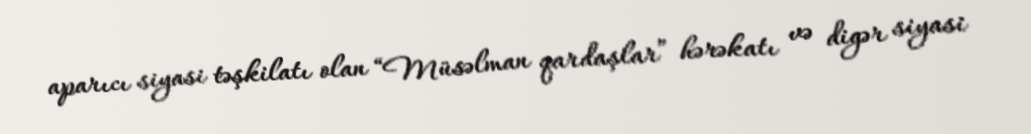
aparıcı siyasi təşkilatı olan “Müsəlman qardaşlar” hərəkatı və digər siyasi